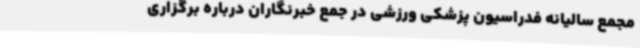
مجمع سالیانه فدراسیون پزشکی ورزشی در جمع خبرنگاران درباره برگزاری